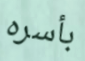
بأسره